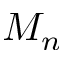
M _ { n }